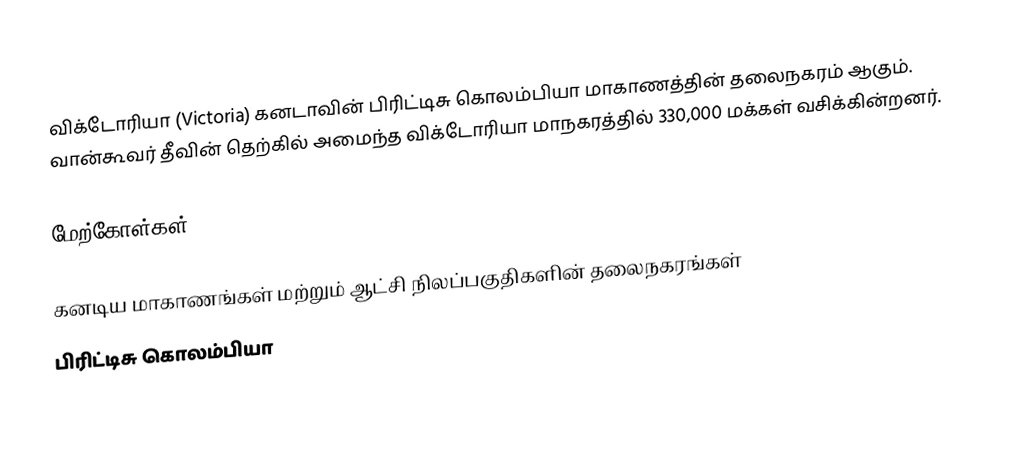
விக்டோரியா (Victoria) கனடாவின் பிரிட்டிசு கொலம்பியா மாகாணத்தின் தலைநகரம் ஆகும். வான்கூவர் தீவின் தெற்கில் அமைந்த விக்டோரியா மாநகரத்தில் 330,000 மக்கள் வசிக்கின்றனர்.

மேற்கோள்கள்

கனடிய மாகாணங்கள் மற்றும் ஆட்சி நிலப்பகுதிகளின் தலைநகரங்கள்
பிரிட்டிசு கொலம்பியா